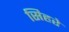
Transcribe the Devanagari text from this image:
सिहरे